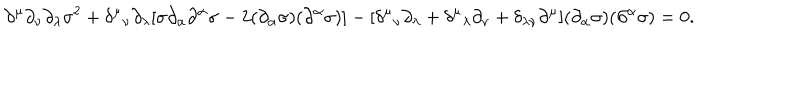
LaTeX: \partial ^ { \mu } \partial _ { \nu } \partial _ { \lambda } \sigma ^ { 2 } + \delta ^ { \mu } { } _ { \nu } \partial _ { \lambda } [ \sigma \partial _ { \alpha } \partial ^ { \alpha } \sigma - 2 ( \partial _ { \alpha } \sigma ) ( \partial ^ { \alpha } \sigma ) ] - [ \delta ^ { \mu } { } _ { \nu } \partial _ { \lambda } + \delta ^ { \mu } { } _ { \lambda } \partial _ { \nu } + \delta _ { \lambda \nu } \partial ^ { \mu } ] ( \partial _ { \alpha } \sigma ) ( \partial ^ { \alpha } \sigma ) = 0 .